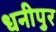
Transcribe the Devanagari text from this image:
धनीपुर